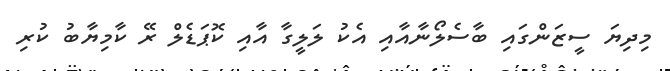
މިދިޔަ ސީޒަންގައި ބާސެލޯނާއާއި އެކު ލަލީގާ އާއި ކޮޕަޑެލް ރޭ ކާމިޔާބު ކުރި